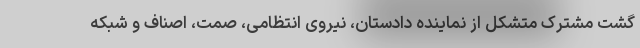
گشت مشترک متشکل از نماینده دادستان، نیروی انتظامی، صمت، اصناف و شبکه